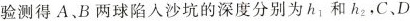
验测得A B两球陷入沙坑的深度分别为h_{1}和h_{2}，C、D